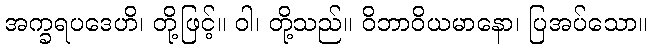
အက္ခရပဒေဟိ၊ တို့ဖြင့်။ ဝါ၊ တို့သည်။ ဝိဘာဝိယမာနော၊ ပြအပ်သော။